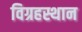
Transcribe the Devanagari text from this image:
विग्रहस्थान